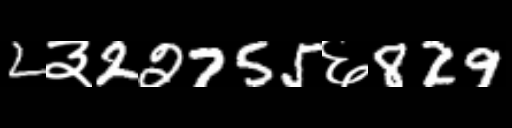
Text: 2३22755६829